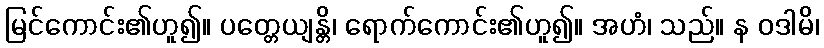
မြင်ကောင်း၏ဟူ၍။ ပတ္တေယျန္တိ၊ ရောက်ကောင်း၏ဟူ၍။ အဟံ၊ သည်။ န ဝဒါမိ၊